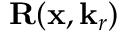
{ \mathbf { R } } ( \mathbf { x } , \mathbf { k } _ { r } )